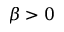
\beta > 0